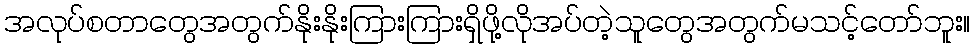
အလုပ်စတာတွေအတွက်နိုးနိုးကြားကြားရှိဖို့လိုအပ်တဲ့သူတွေအတွက်မသင့်တော်ဘူး။